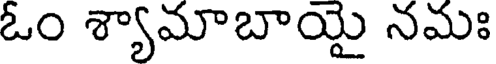
ఓం శ్యామాబాయై నమః